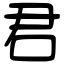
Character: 君